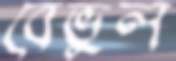
বেভুল